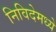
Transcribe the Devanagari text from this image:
निविदेमध्ये